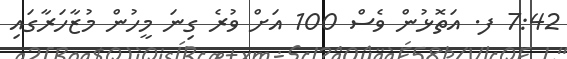
7:42 ފ. އަތޮޅުން ވެސް 100 އަށް ވުރެ ގިނަ މީހުން މުޒާހަރާގައި